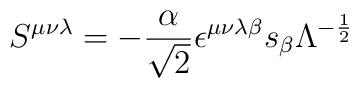
S^{{\mu}{\nu}{\lambda}}=- \frac{\alpha}{\sqrt{2}}{\epsilon}^{{\mu}{\nu}{\lambda}{\beta}}s_{\beta}{\Lambda}^{-\frac{1}{2}}